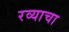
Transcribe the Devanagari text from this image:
रव्याचा